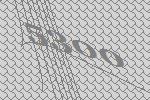
5300